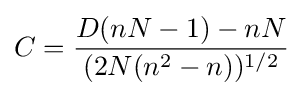
C={\frac {D(nN-1)-nN}{(2N(n^{2}-n))^{1/2}}}